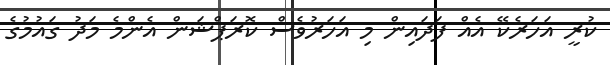
ކުރީ އަހަރެކޭ އެއް ފަދައިން މި އަހަރުވެސް ކޮރަޕްޝަން އެންމެ މަދު ގައުމުގެ